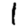
Digit: 1